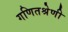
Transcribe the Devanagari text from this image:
गणितश्रेणी